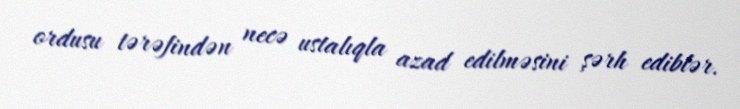
ordusu tərəfindən necə ustalıqla azad edilməsini şərh ediblər.